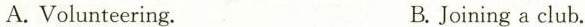
A.Volunteering. B.Joining a club.